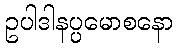
ဥပါဒါနပ္ပမောစနော